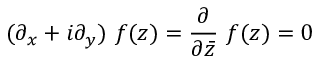
( \partial _ { x } + i \partial _ { y } ) ~ f ( z ) = \frac { \partial } { \partial \bar { z } } ~ f ( z ) = 0